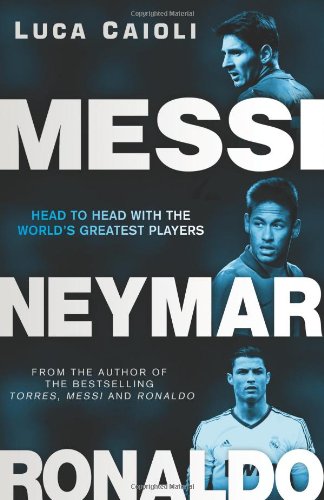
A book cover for Messi, Neymar, Ronaldo; Luca Caioli; Biographies & Memoirs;